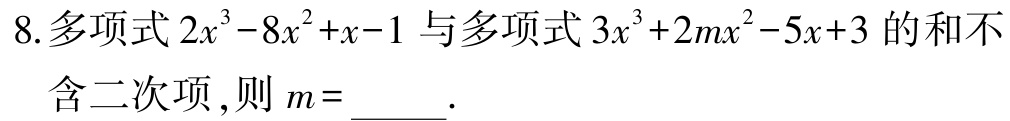
8.多项式\(2x^{3}-8x^{2}+x - 1\)与多项式\(3x^{3}+2mx^{2}-5x + 3\)的和不含二次项，则\(m =\)_____.